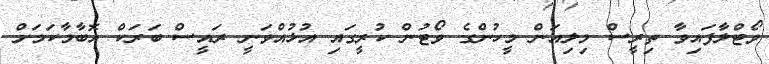
ވޯޓްލާފައިވާ ތިރީސް މިލިއަން މީހުންގެ ވޯޓުން ކުރީގައި އުޅުއްވަނީ ރައީސް ބަރަކް އޮބާމާކަމަށް